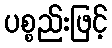
ပစ္စည်းဖြင့်